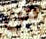
من